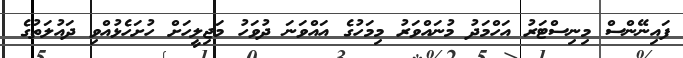
ފައިނޭންސް މިނިސްޓަރު އަހްމަދު މުނައްވަރު މިމަހުގެ އައްވަނަ ދުވަހު މަޖިލީހަށް ހުށަހެޅުއްވި ދައުލަތުގެ